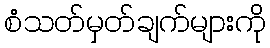
စံသတ်မှတ်ချက်များကို